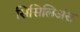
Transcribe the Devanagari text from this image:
सिसिलिअंस